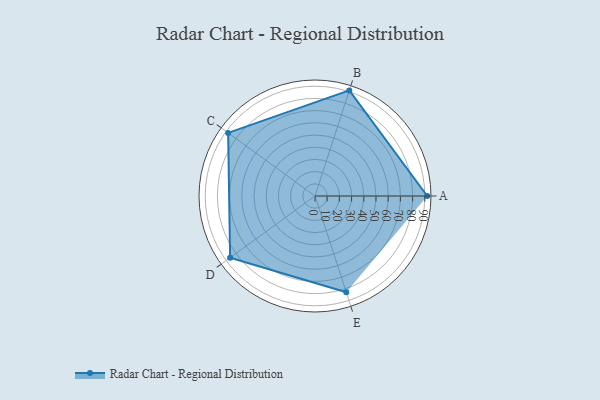
{"axis": {"x": "Skill", "y": "Score"}, "legend": ["Profile"], "data": [{"x": "A", "y": 92.0, "type": "Profile"}, {"x": "B", "y": 91.0, "type": "Profile"}, {"x": "C", "y": 88.0, "type": "Profile"}, {"x": "D", "y": 86.0, "type": "Profile"}, {"x": "E", "y": 83.0, "type": "Profile"}]}